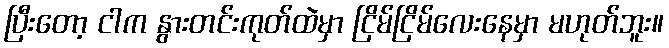
ပြီးတော့ ငါက နွားတင်းကုတ်ထဲမှာ ငြိမ်ငြိမ်လေးနေမှာ မဟုတ်ဘူး။